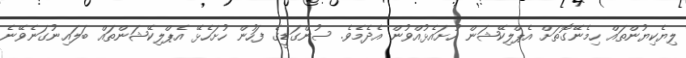
ލިޔެކިޔުންތައް ހިމެނޭގޮތަށް އެޕްލިކޭޝަން ހުށައެޅުއްވުން އެދެމެވެ. ސުންގަޑީގެ ފަހުން ހުށަހެޅޭ އެޕްލިކޭޝަންތައް ބަލައިނުގަނެވޭނެ